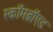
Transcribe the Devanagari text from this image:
स्कॉमब्रॉएड